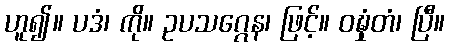
ဟူ၍။ ပဒံ၊ ကို။ ဥပသဂ္ဂေန၊ ဖြင့်။ ဝဍ္ဎှံတံ၊ ပြီ။